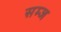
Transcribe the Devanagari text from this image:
सम्ज